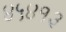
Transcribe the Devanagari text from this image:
४५४१३